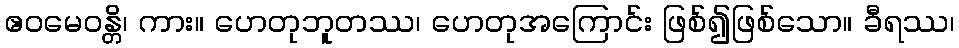
ဧဝမေဝန္တိ၊ ကား။ ဟေတုဘူတဿ၊ ဟေတုအကြောင်း ဖြစ်၍ဖြစ်သော။ ခီရဿ၊